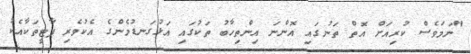
"ނަމަވެސް ކުރިއަށް އޮތް ތަނުގައި އޮންނަ އިންތިހާބު ތަކުގައި އަޅުގަނޑުމެންގެ އެކުވެރި ޕާޓީތަކާއެކު